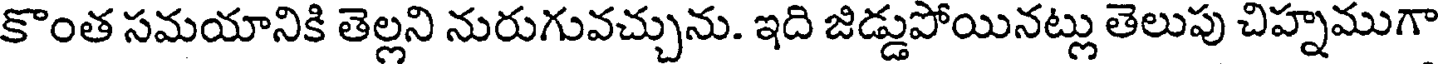
కొంత సమయానికి తెల్లని నురుగువచ్చును. ఇది జిడ్డుపోయినట్లు తెలుపు చిహ్నముగా